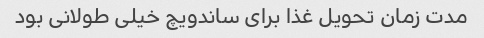
مدت زمان تحویل غذا برای ساندویچ خیلی طولانی بود